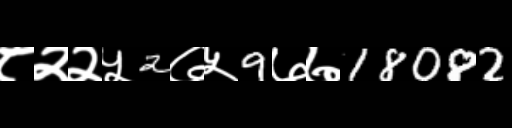
Text: ८२२५2७५9७७18082